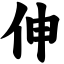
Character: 伸